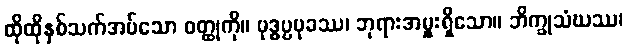
ထိုထိုနှစ်သက်အပ်သော ဝတ္ထုကို။ ဗုဒ္ဓပ္ပမုခဿ၊ ဘုရားအမှူးရှိသော။ ဘိက္ခုသံဃဿ၊